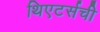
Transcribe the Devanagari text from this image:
थिएटर्सची